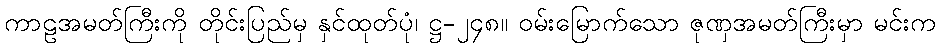
ကာဠအမတ်ကြီးကို တိုင်းပြည်မှ နှင်ထုတ်ပုံ၊ ဋ္ဌ-၂၄၈။ ဝမ်းမြောက်သော ဇုဏှအမတ်ကြီးမှာ မင်းက